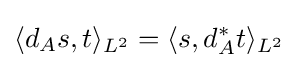
\langle d_{A}s,t\rangle _{L^{2}}=\langle s,d_{A}^{*}t\rangle _{L^{2}}